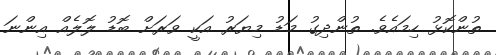
ތުންކޮޅު ހިމައެވެ. ތުންދިގު މަޑު މިޔަރު އަކީ ވަރަށް ބޮޑު ލޮލެއް އިންނަ